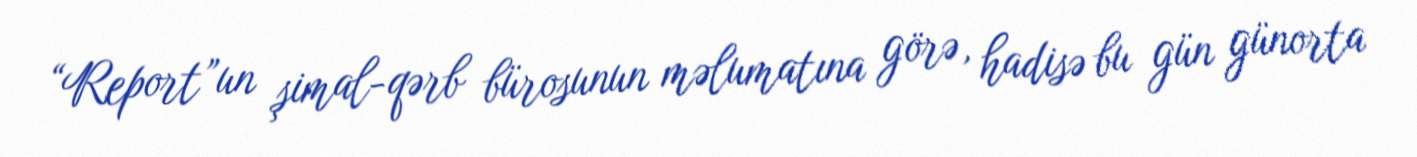
“Report”un şimal-qərb bürosunun məlumatına görə, hadisə bu gün günorta